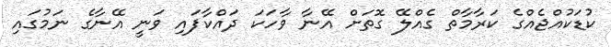
ކުޑަކުއްޖެއްގެ ކަރާމާތް ގެއްލޭ ގޮތަށް އޭނާ ވާހަކަ ދައްކާފައި ވަނީ އޭނާގެ ނަމުގައި